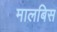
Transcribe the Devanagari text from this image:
मालबिस